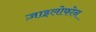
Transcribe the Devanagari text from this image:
ज़ाइलोफोन